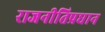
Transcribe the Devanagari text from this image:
राजनीतिप्रधान